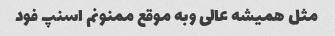
مثل همیشه عالی وبه موقع ممنونم اسنپ فود